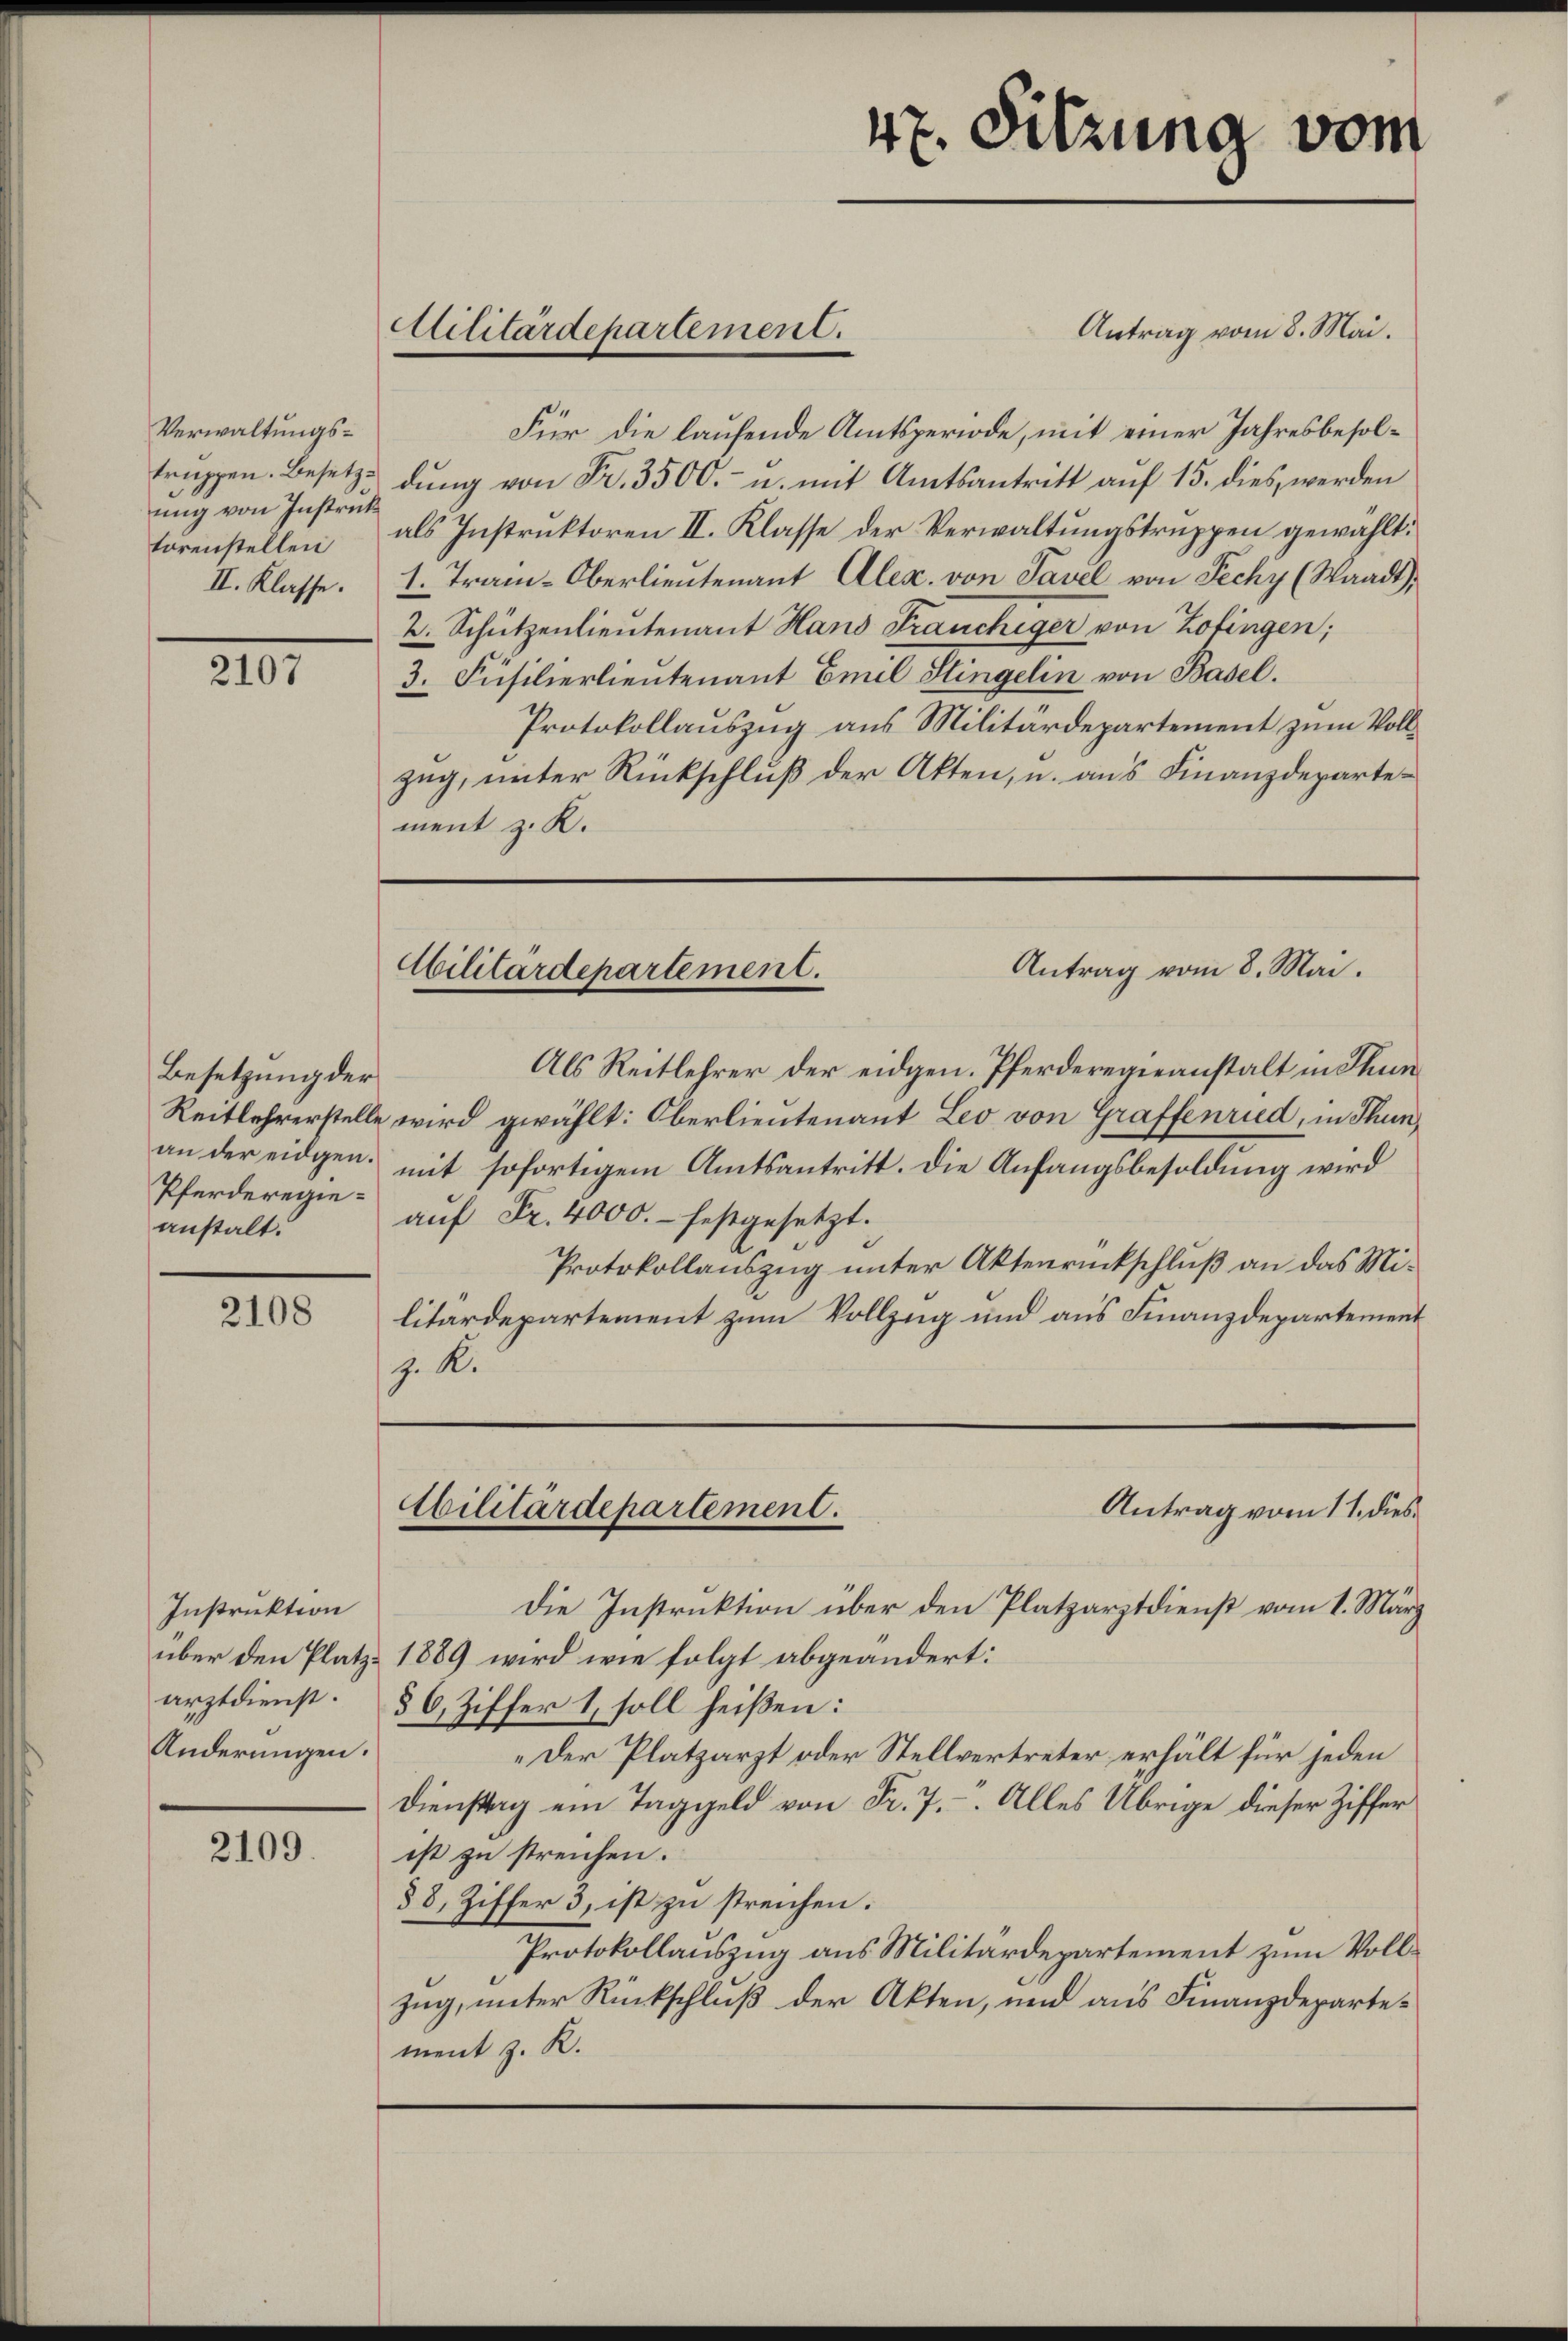
Verwaltungsung von Instruk
törenstellen
II. Klasse.

2107

Besetzung der
Pferderegieanstalt.

2108

Instruktion
Änderungen.

2109.

Antrag vom 8. Mai.
Für die laufende Amtsperiode, mit einer Jahresbesoltruppen. Besetze dung von Fr. 3500.- u. mit Amtsantritt auf 15. dies, werden
als Instruktoren II. Klasse der Verwaltungstruppen gewählt:
1. Tram-Oberlieutenant Alex. von Tavel von Fechy (Waadt,
2. Schützenlieutenant Hand Frauchiger von Zofingen;
3. Füsilierlieutenant Emil Singelin von Basel.
Protokollauszug aus Militärdepartement zum Vollzug, unter Rückschluß der Akten, u. aus Finanzdepartement z. K.

Militärdepartement.

47. Sitzung vom

Als Reitlehrer der eidgen. Pferderegieanstalt in Thun
Reitlehrerstelle wird gewählt: Oberlieutenant Leo von Graffenried, in Thun,
an der eidgen. mit sofortigem Amtsantritt. Die Anfangsbesoldŭng wird
aŭf Fr. 4000.- festgesetzt.
Protokollauszug unter Aktenrückschluß an das Militärdepartement zum Vollzug und aus Finanzdepartement
J. K.

Die Instruktion über den Platzarztdienst vom 1. März
über den Platz. 1889 wird wie folgt abgeändert:
arztdienst. 86, Ziffer 1, soll heißen:
„Der Platzarzt oder Stellvertreter erhält für jeden
Dienstag ein Taggeld von Fr. 7. Alles Übrige dieser Ziffer
ist zu streichen.
§8, Ziffer 3, ist zu streichen.
Protokollauszug aus Militärdepartement zum Vollzug, unter Rückschluß der Akten, und aus Finanzdepartement z. R.

Antrag vom 8. Mai.
Militärdepartement.

Antrag vom 11. dies
Abilitärdepartement.